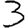
Digit: 3